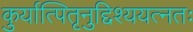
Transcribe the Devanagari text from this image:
कुर्यात्पितृनुद्दिश्ययत्नतः